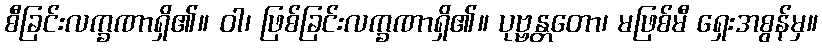
စီခြင်းလက္ခဏာရှိ၏။ ဝါ၊ ဖြစ်ခြင်းလက္ခဏာရှိ၏။ ပုဗ္ဗန္တတော၊ မဖြစ်မီ ရှေးအစွန်မှ။